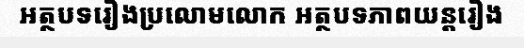
អត្ថបទរឿងប្រលោមលោក អត្ថបទភាពយន្តរឿង